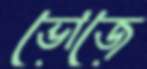
ভোজে